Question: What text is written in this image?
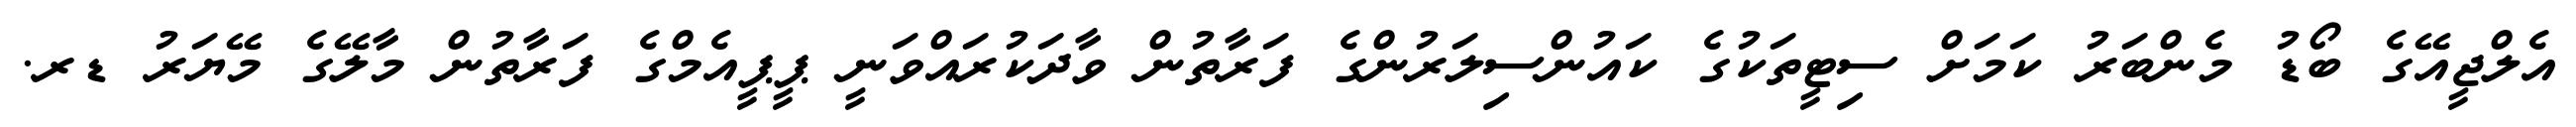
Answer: އެލްޖީއޭގެ ބޯޑު މެންބަރު ކަމަށް ސިޓީތަކުގެ ކައުންސިލަރުންގެ ފަރާތުން ވާދަކުރައްވަނީ ޕީޕީއެމްގެ ފަރާތުން މާލޭގެ މޭޔަރު ޑރ.